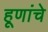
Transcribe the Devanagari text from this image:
हूणांचे